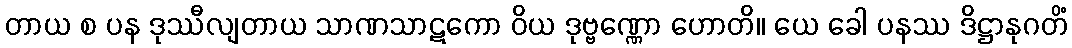
တာယ စ ပန ဒုဿီလျတာယ သာဏသာဋကော ဝိယ ဒုဗ္ဗဏ္ဏော ဟောတိ။ ယေ ခေါ ပနဿ ဒိဋ္ဌာနုဂတိံ